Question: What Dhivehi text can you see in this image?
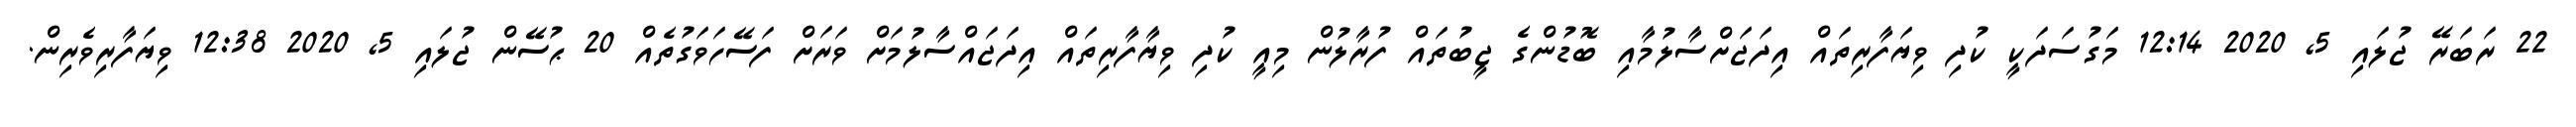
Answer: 22 ރަބަރޭ ޖުލައި 5, 2020 12:14 މަގުސަދަކީ ކުދި ވިޔަފާރިތައް އިދަޖަށްސާލުމާއި ބޮޑުންގެ ޖީބުތައް ފުރާލުން މިއީ ކުދި ވިޔާފާރިތައް އިދަޖައްސާލުމަށް ވަރަށް ފަސޭހަވަގުތެއް 20 ޙުސޭން ޖުލައި 5, 2020 12:38 ވިޔަފާރިވެރިން.